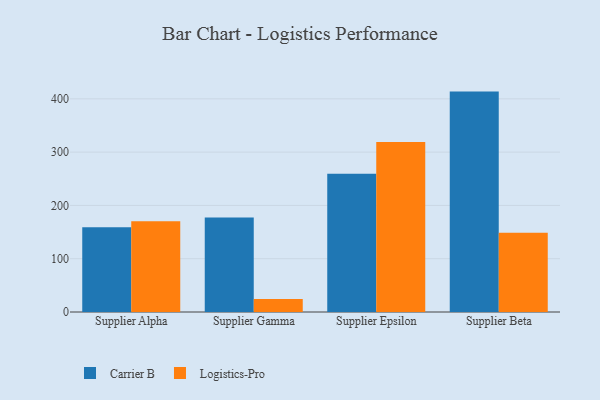
{"axis": {"x": "Supplier", "y": "Market Share (%)"}, "legend": ["Carrier B", "Logistics-Pro"], "data": [{"x": "Supplier Alpha", "y": 158.9, "type": "Carrier B"}, {"x": "Supplier Alpha", "y": 170.2, "type": "Logistics-Pro"}, {"x": "Supplier Gamma", "y": 177.2, "type": "Carrier B"}, {"x": "Supplier Gamma", "y": 24.5, "type": "Logistics-Pro"}, {"x": "Supplier Epsilon", "y": 259.3, "type": "Carrier B"}, {"x": "Supplier Epsilon", "y": 318.8, "type": "Logistics-Pro"}, {"x": "Supplier Beta", "y": 413.6, "type": "Carrier B"}, {"x": "Supplier Beta", "y": 148.5, "type": "Logistics-Pro"}]}